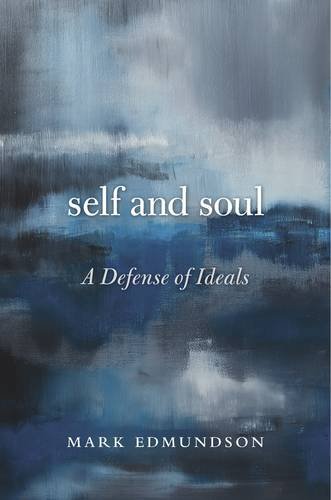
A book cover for Self and Soul: A Defense of Ideals; Mark Edmundson; Literature & Fiction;